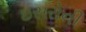
ઇસરોની